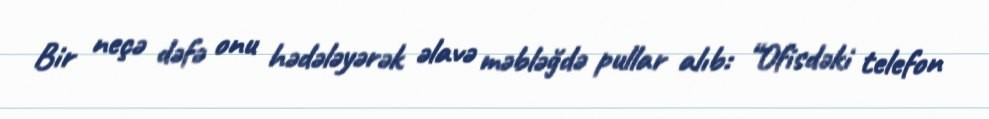
Bir neçə dəfə onu hədələyərək əlavə məbləğdə pullar alıb: “Ofisdəki telefon